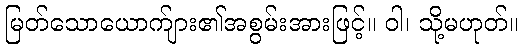
မြတ်သောယောက်ျား၏အစွမ်းအားဖြင့်။ ဝါ၊ သို့မဟုတ်။